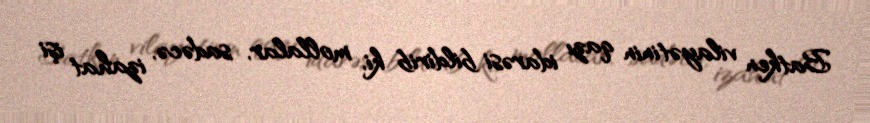
Batken vilayətinin qazı idarəsi bildirib ki, mollalar, sadəcə, izahat işi